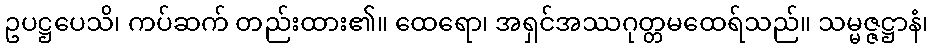
ဥပဋ္ဌပေသိ၊ ကပ်ဆက် တည်းထား၏။ ထေရော၊ အရှင်အဿဂုတ္တမထေရ်သည်။ သမ္မဇ္ဇဋ္ဌာနံ၊